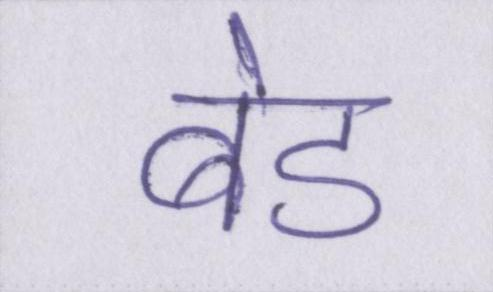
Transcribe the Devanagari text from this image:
बेड